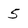
Character: 5